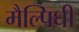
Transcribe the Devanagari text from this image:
मैल्पिघी